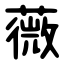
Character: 薇